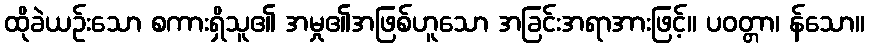
ထိုခဲယဉ်းသော စကားရှိသူ၏ အမှု၏အဖြစ်ဟူသော အခြင်းအရာအားဖြင့်။ ပဝတ္တာ၊ န်သော။